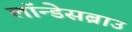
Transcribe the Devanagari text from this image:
लॉन्डेसब्राउ